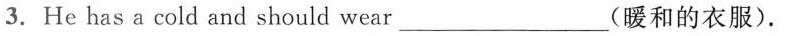
3.He hasa cold and should wear____ (暖和的衣服).